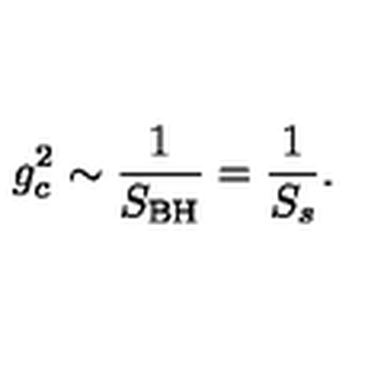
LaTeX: g _ { c } ^ { 2 } \sim \frac { 1 } { S _ { \mathrm { B H } } } = \frac { 1 } { S _ { s } } .